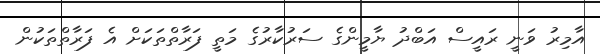
އާމިރު ވަނީ ރައީސް އަބްދު ޔާމީންގެ ސަރުކާރުގެ މަތީ ފަރާތްތަކަށް އެ ފަރާތްތަކުން